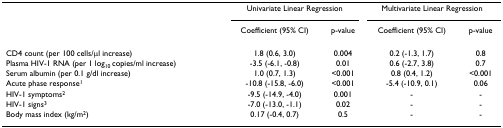
|  | <COLSPAN=2> Univariate Linear Regression | <COLSPAN=2> Multivariate Linear Regression |
 |  | Coefficient (95% CI) | p-value | Coefficient (95% CI) | p-value |
 | --- | --- | --- | --- | --- |
 | CD4 count (per 100 cells/μl increase) | 1.8 (0.6, 3.0) | 0.004 | 0.2 (-1.3, 1.7) | 0.8 |
 | Plasma HIV-1 RNA (per 1 log10 copies/ml increase) | -3.5 (-6.1, -0.8) | 0.01 | 0.6 (-2.7, 3.8) | 0.7 |
 | Serum albumin (per 0.1 g/dl increase) | 1.0 (0.7, 1.3) | <0.001 | 0.8 (0.4, 1.2) | <0.001 |
 | Acute phase response1 | -10.8 (-15.8, -6.0) | <0.001 | -5.4 (-10.9, 0.1) | 0.06 |
 | HIV-1 symptoms2 | -9.5 (-14.9, -4.0) | 0.001 | - | - |
 | HIV-1 signs3 | -7.0 (-13.0, -1.1) | 0.02 | - | - |
 | Body mass index (kg/m2) | 0.17 (-0.4, 0.7) | 0.5 | - | - |